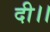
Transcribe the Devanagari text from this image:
दी।।